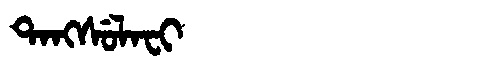
Manchu: ᡨᠠᠩᠰᡠᠯᠠᠸᡳ
Romanization: TANGSULAFI